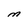
Character: M